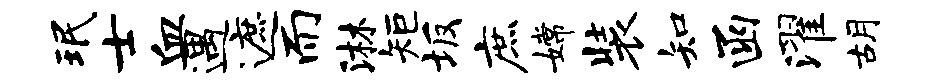
珉士血遇遮而淋矩坂庶嫦装知函濯胡